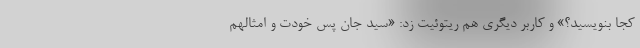
کجا بنویسید؟» و کاربر دیگری هم ریتوئیت زد: «‌سید جان پس خودت و امثالهم